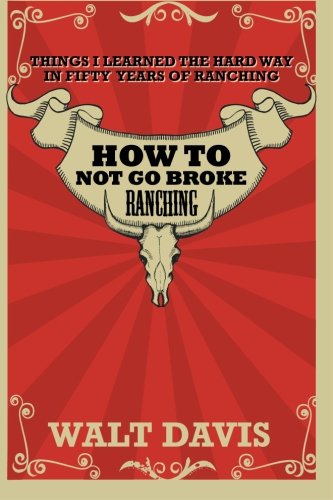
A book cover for How to Not go Broke Ranching: Things I Learned the Hard Way in Fifty Years of Ranching; Mr. Walt Davis; Science & Math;